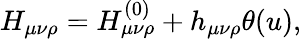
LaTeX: H_{\mu\nu\rho}=H_{\mu\nu\rho}^{(0)}+h_{\mu\nu\rho}\theta(u),